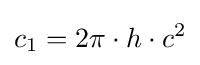
c_{1}=2\pi \cdot h\cdot c^{2}